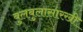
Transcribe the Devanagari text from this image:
बुलबुलासारखी